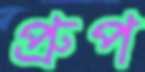
প্রুপ